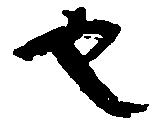
也